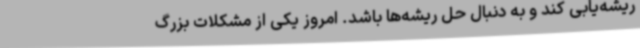
ریشه‌یابی کند و به دنبال حل ریشه‌ها باشد. امروز یکی از مشکلات بزرگ